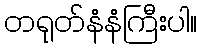
တရုတ်နံနံကြီးပါ။